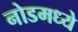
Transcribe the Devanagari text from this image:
नोडमध्ये